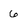
Character: 6